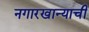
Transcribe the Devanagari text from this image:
नगारखान्याची